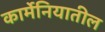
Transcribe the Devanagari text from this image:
कार्मेनियातील